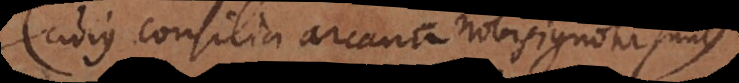
(cujus consilia arcana nobis ignota sunt)